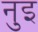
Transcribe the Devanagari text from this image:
नुइ